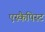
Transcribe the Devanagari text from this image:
एस्कैपिस्ट